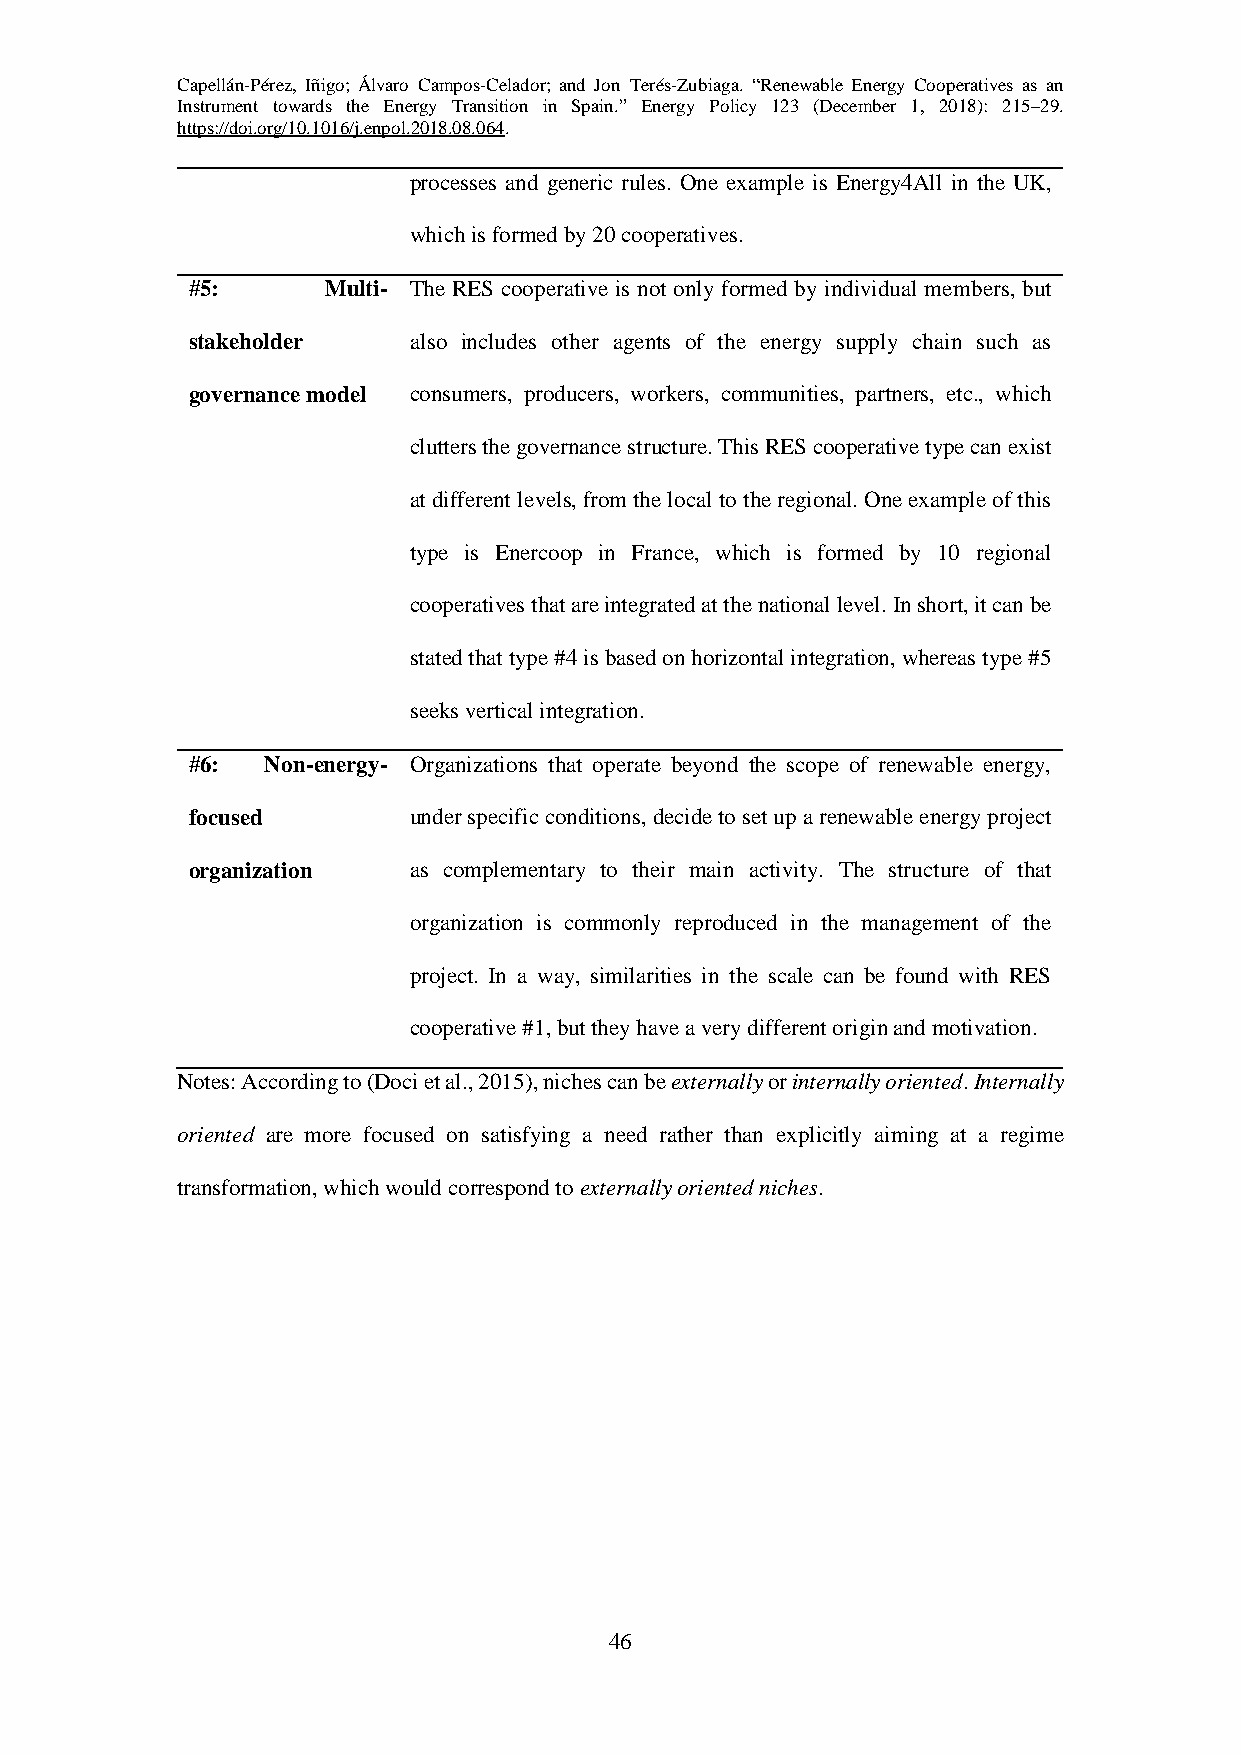
Capellán-Pérez, Iñigo; Álvaro Campos-Celador; and Jon Terés-Zubiaga. “Renewable Energy Cooperatives as an
 Instrument towards the Energy Transition in Spain.” Energy Policy 123 (December 1, 2018): 215–29.
 https://doi.org/10.1016/j.enpol.2018.08.064.
 processes and generic rules. One example is Energy4All in the UK,
 which is formed by 20 cooperatives.
 #5:       Multi- The RES cooperative is not only formed by individual members, but
 stakeholder    also includes other agents of the energy supply chain such as
 governance model consumers, producers, workers, communities, partners, etc., which
 clutters the governance structure. This RES cooperative type can exist
 at different levels, from the local to the regional. One example of this
 type is Enercoop in France, which is formed by 10 regional
 cooperatives that are integrated at the national level. In short, it can be
 stated that type #4 is based on horizontal integration, whereas type #5
 seeks vertical integration.
 #6:   Non-energy- Organizations that operate beyond the scope of renewable energy,
 focused        under specific conditions, decide to set up a renewable energy project
 organization   as complementary to their main activity. The structure of that
 organization is commonly reproduced in the management of the
 project. In a way, similarities in the scale can be found with RES
 cooperative #1, but they have a very different origin and motivation.
 Notes: According to (Doci et al., 2015), niches can be externally or internally oriented. Internally
 oriented are more focused on satisfying a need rather than explicitly aiming at a regime
 transformation, which would correspond to externally oriented niches.
 46